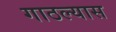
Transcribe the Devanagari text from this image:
गाठल्यास